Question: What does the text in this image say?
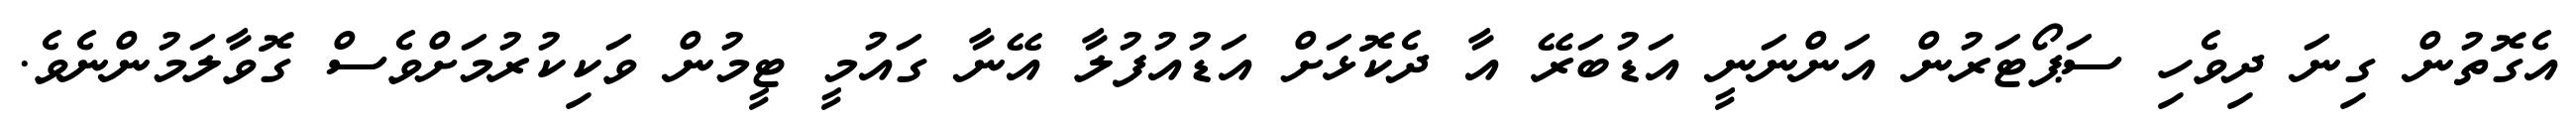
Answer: އެގޮތުން ގިނަ ދިވެހި ސަޕޯޓަރުން އަންނަނީ އަޑުބަރޭ އާ ދެކޮޅަށް އަޑުއުފުލާ އޭނާ ގައުމީ ޓީމުން ވަކިކުރުމަށްވެސް ގޮވާލަމުންނެވެ.